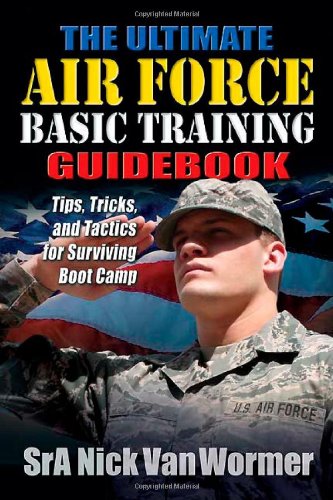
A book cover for The Ultimate Air Force Basic Training Guidebook: Tips, Tricks, and Tactics for Surviving Boot Camp; Nicholas Van Wormer; Reference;